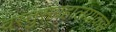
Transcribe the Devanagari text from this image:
वस्तुसंग्रहालयाकडे